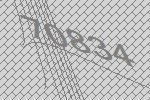
70834